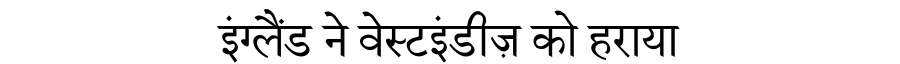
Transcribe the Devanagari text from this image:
इंग्लैंड ने वेस्टइंडीज़ को हराया